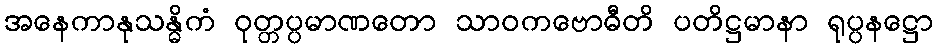
အနေကာနုသန္ဓိကံ ဝုတ္တပ္ပမာဏတော သာဝကဗောဓီတိ ပတိဋ္ဌမာနာ ရုပ္ပနဋ္ဌော